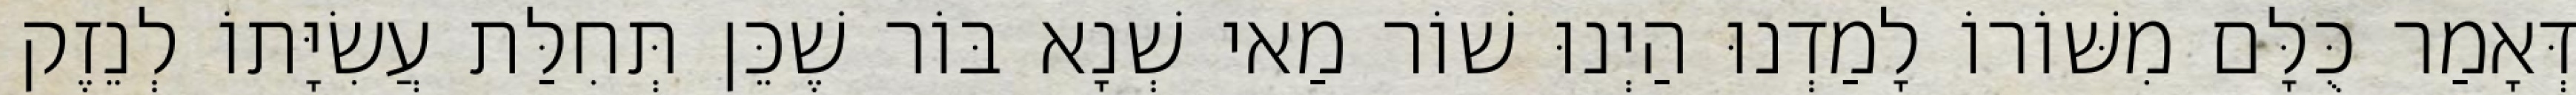
דְּאָמַר כֻּלָּם מִשּׁוֹרוֹ לָמַדְנוּ הַיְנוּ שׁוֹר מַאי שְׁנָא בּוֹר שֶׁכֵּן תְּחִלַּת עֲשִׂיָּתוֹ לְנֵזֶק